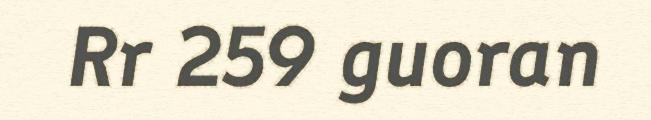
Rr 259 guoran